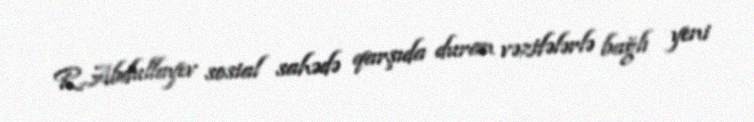
R.Abdullayev sosial sahədə qarşıda duran vəzifələrlə bağlı yeni